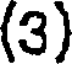
(3)